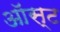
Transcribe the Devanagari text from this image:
ऑस्ट